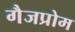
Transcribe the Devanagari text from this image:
गैजप्रोम